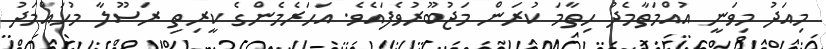
މިއަދު މިވަނީ އުއްމަތާމެދު ހިތާމަ ކުރަން މަޖުބޫރުވެފައެވެ. އަހަރެމެންގެ ކީރިތި ރަސޫލާ މުހައްމަދު